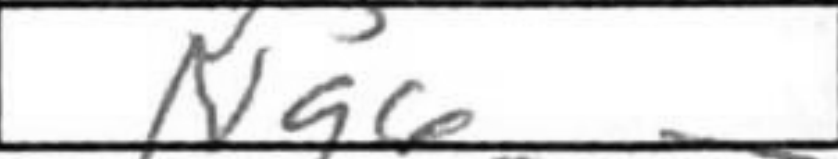
Transcription: Ng6